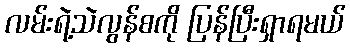
လမ်းရဲ့သဲလွန်စကို ပြန်ပြီးရှာရမယ်